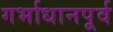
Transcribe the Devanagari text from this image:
गर्भाधानपूर्व